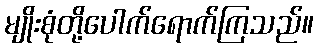
မျိုးစုံတို့ပေါက်ရောက်ကြသည်။